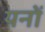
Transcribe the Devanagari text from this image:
यनों